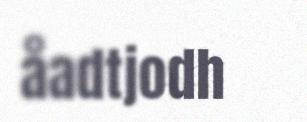
åadtjodh